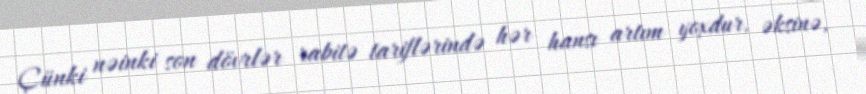
Çünki nəinki son dövrlər rabitə tariflərində hər hansı artım yoxdur, əksinə,